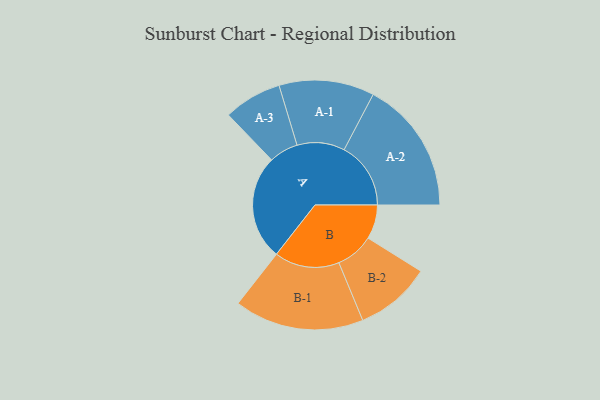
{"axis": {"x": "Segment", "y": "Value"}, "legend": ["", "A", "B"], "data": [{"x": "A", "y": 469, "type": ""}, {"x": "B", "y": 153, "type": ""}, {"x": "A-1", "y": 213, "type": "A"}, {"x": "A-2", "y": 298, "type": "A"}, {"x": "A-3", "y": 130, "type": "A"}, {"x": "B-1", "y": 290, "type": "B"}, {"x": "B-2", "y": 170, "type": "B"}]}